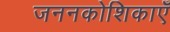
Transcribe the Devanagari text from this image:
जननकोशिकाएँ